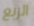
الربع